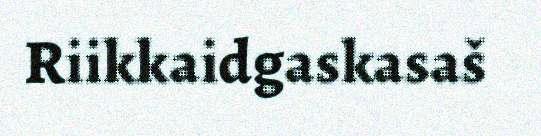
Riikkaidgaskasaš